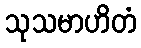
သုသမာဟိတံ